Civil Veterinary Dept. Bombay admin report 1907-1913 - 1907-1913
Year: 1907
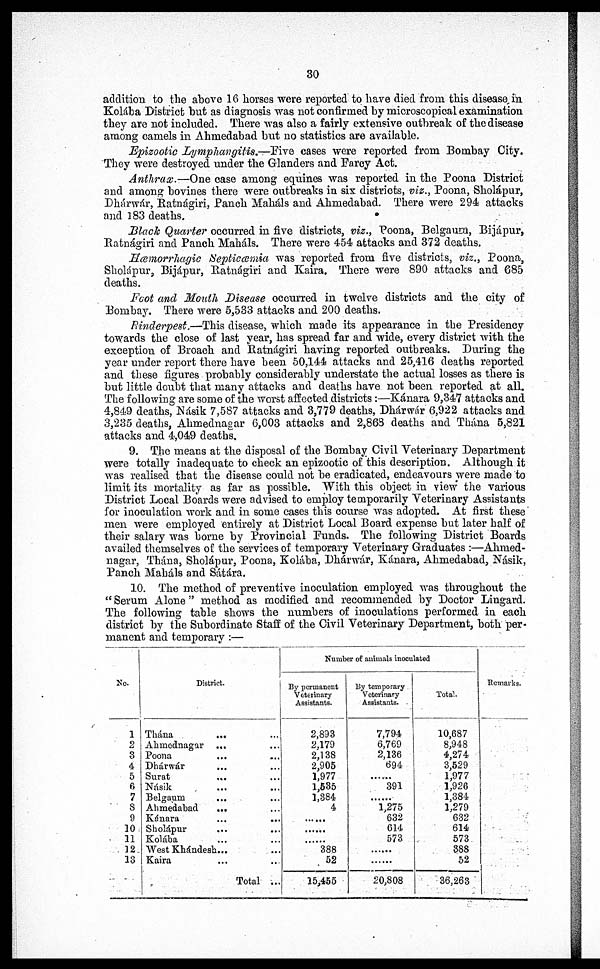
30
addition to the above 16 horses were reported to have died from this disease in
Kolába District but as diagnosis was not confirmed by microscopical examination
they are not included. There was also a fairly extensive outbreak of the disease
among camels in Ahmedabad but no statistics are available.
Epizootic Lymphangitis.—Five cases were reported from Bombay City.
They were destroyed under the Glanders and Farcy Act.
Anthrax.—One case among equines was reported in the Poona District
and among bovines there were outbreaks in six districts, viz., Poona, Sholápur,
Dhárwár, Ratnágiri, Panch Maháls and Ahmedabad. There were 294 attacks
and 183 deaths.
Black Quarter occurred in five districts, viz., Poona, Belgaum, Bijápur,
Ratnágiri and Pauch Maháls. There were 454 attacks and 372 deaths.
Hæmorrhagic Septiœmia was reported from five districts, viz., Poona,
Sholápur, Bijápur, Ratnágiri and Kaira. There were 890 attacks and 685
deaths.
Foot and Mouth Disease occurred in twelve districts and the city of
Bombay. There were 5,533 attacks and 200 deaths.
Rinderpest.—This disease, which made its appearance in the Presidency
towards the close of last year, has spread far and wide, every district with the
exception of Broach and Ratnágiri having reported outbreaks. During the
year under report there have been 50,144 attacks and 25,416 deaths reported
and these figures probably considerably understate the actual losses as there is
but little doubt that many attacks and deaths have not been reported at all.
The following are some of the worst affected districts:—Kánara 9,347 attacks and
4,849 deaths, Násik 7,587 attacks and 3,779 deaths, Dhárwár 6,922 attacks and
3,235 deaths, Ahmednagar 6,003 attacks and 2,863 deaths and Thána 5,821
attacks and 4,049 deaths.
9. The means at the disposal of the Bombay Civil Veterinary Department
were totally inadequate to check an epizootic of this description. Although it
was realised that the disease could not be eradicated, endeavours were made to
limit its mortality as far as possible. With this object in view the various
District Local Boards were advised to employ temporarily Veterinary Assistants
for inoculation work and in some cases this course was adopted. At first these
men were employed entirely at District Local Board expense but later half of
their salary was borne by Provincial Funds. The following District Boards
availed themselves of the services of temporary Veterinary Graduates:—Ahmed-
nagar, Thána, Sholápur, Poona, Kolába, Dhárwár, Kánara, Ahmedabad, Násik,
Panch Mabáls and Sátára.
10. The method of preventive inoculation employed was throughout the
"Serum Alone" method as modified and recommended by Doctor Lingard.
The following table shows the numbers of inoculations performed in each
district by the Subordinate Staff of the Civil Veterinary Department, both per-
manent and temporary:—
No.
1
2
3
4
5
6
7
8
9
10
11
12
13
District.
Thána ... ...
Ahmednagar ... ...
Poona ... ...
Dhárwár ... ...
Surat
... ...
Násik ... ...
Belgaum
... ...
Ahmedabad
... ...
Kánara ... ...
Sholápur ... ...
Kolába ... ...
West Khándesh... ...
Kaira ... ...
Total ...
Number of animals inoculated
By permanent
Veterinary
Assistants.
2,893
2,179
2,138
2,905
1,977
1,535
1,384
4
......
......
......
388
52
15,455
By temporary
Veterinary
Assistants.
7,794
6,769
2,136
694
......
391
......
1,275
632
614
573
......
......
20,808
Total.
10,687
8,948
4,274
3,529
1,977
1,926
1,384
1,279
632
614
573
388
52
36,263
Remarks.